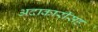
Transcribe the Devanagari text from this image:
अदाकारीसह